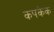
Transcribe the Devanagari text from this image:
कपकेक